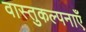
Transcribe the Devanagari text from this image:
वास्तुकल्पनाएँ